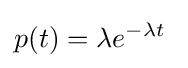
p(t)=\lambda e^{-\lambda t}\